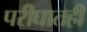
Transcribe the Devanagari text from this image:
परीघातही